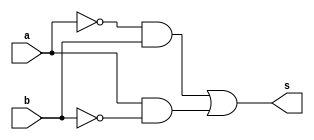
// -------------------------
// Exercicio06 - XOR
// Nome: Djonatas Tulio Rodrigues Costa
// -------------------------

// -------------------------
// -- xor gate
// -------------------------
module xorgate (output s, input a, input b);
	assign s = ((~a)&b) | (a&(~b));
endmodule // xorgate

// -------------------------
// -- test xor gate
// -------------------------
module testxorgate;
// ------------------------- dados locais
	reg a, b;		// definir registrador
				// (variavel independente)
	wire s;			// definir conexao (fio)
				// (variavel dependente)
// ------------------------- instancia
	xorgate XOR1 (s, a, b);
// ------------------------- preparacao
	initial begin:start
		a=0; b=0;
	end
// ------------------------- parte principal
	initial begin:main
		$display("Exercicio06 - Djonatas Tulio Rodrigues Costa - 440954");
		$display("Test XOR gate");
		$display("\na ^ b = s\n");
		$monitor("%b ^ %b = %b", a, b, s);
	#1 a=0; b=1;
	#1 a=1; b=0;
	#1 a=1; b=1;
	end
	
endmodule // testxorgate